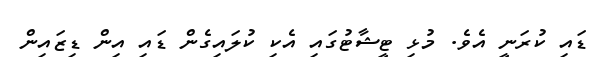
ޑައި ކުރަނީ އެވެ. މުޅި ޓީޝާޓުގައި އެކި ކުލައިގެން ޑައި އިން ޑިޒައިން